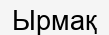
Ырмақ